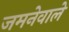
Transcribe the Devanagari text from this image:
जमनेवाले